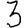
Digit: 3